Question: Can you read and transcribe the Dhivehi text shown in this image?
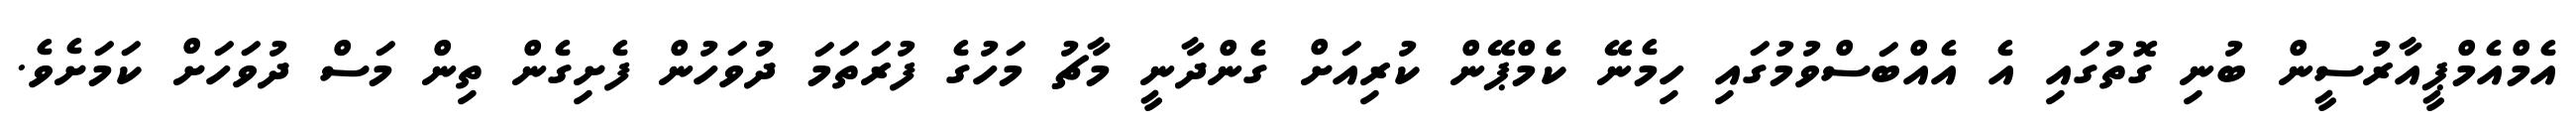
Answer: އެމްއެމްޕީއާރުސީން ބުނި ގޮތުގައި އެ އެއްބަސްވުމުގައި ހިމެނޭ ކެމްޕޭން ކުރިއަށް ގެންދާނީ މާޗު މަހުގެ ފުރަތަމަ ދުވަހުން ފެށިގެން ތިން މަސް ދުވަހަށް ކަމަށެވެ.